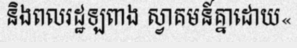
និងពលរដ្ឋឡពាង ស្វាគមន៍គ្នាដោយ«